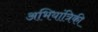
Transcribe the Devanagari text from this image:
अभियांत्रिकी